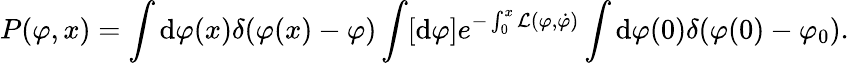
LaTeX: P(\varphi,x)=\int\mathrm{d}\varphi(x)\delta(\varphi(x)-\varphi)\int[\mathrm{d}\varphi]e^{-\int_{0}^{x}\mathcal{L}(\varphi,\dot{\varphi})}\int\mathrm{d}\varphi(0)\delta(\varphi(0)-\varphi_{0}).